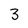
Character: 3